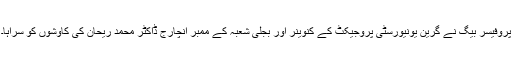
پروفیسر بیگ نے گرین یونیورسٹی پروجیکٹ کے کنوینر اور بجلی شعبہ کے ممبر انچارج ڈاکٹر محمد ریحان کی کاوشوں کو سراہا۔